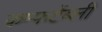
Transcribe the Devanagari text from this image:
कम्फर्टेब्ली